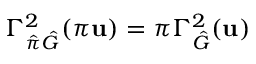
\Gamma _ { \hat { \pi } \hat { G } } ^ { 2 } ( \pi \mathbf { u } ) = \pi \Gamma _ { \hat { G } } ^ { 2 } ( \mathbf { u } )